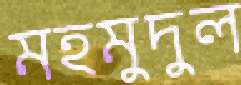
মহমুদুল